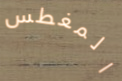
المغطس